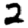
Digit: 2